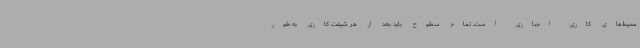
محیط‌های کاری اجباری است. تمام سطوح باید بعد از هر شیفت کاری به‌ طور